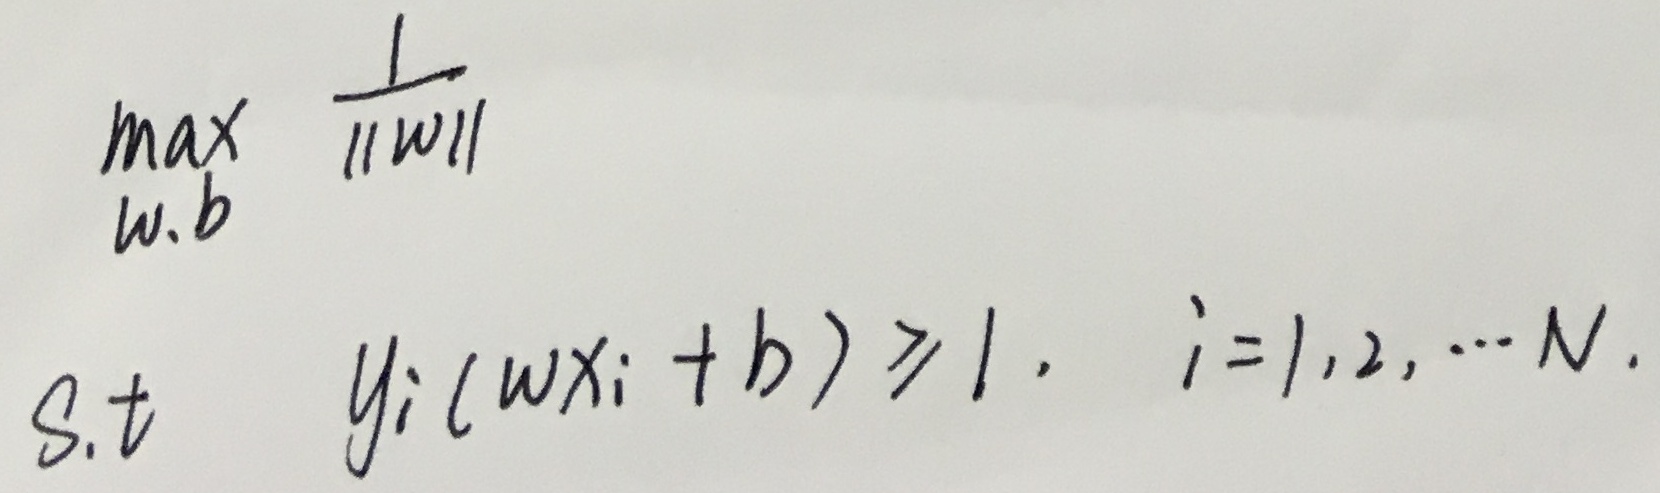
求\(\max_{w, b}\frac{1}{\|w\|}\)，约束条件为：
\[\begin{align*}
\text{s.t.}&\quad y_{i}(w x_{i}+b)\geqslant 1,\quad i = 1,2,\cdots N
\end{align*}\]